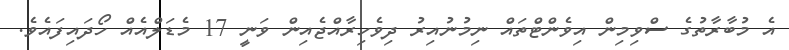
އެ މުބާރާތުގެ ސްވިމިން އިވެންޓްތައް ނިމުނުއިރު ދިވެހިރާއްޖެއިން ވަނީ 17 މެޑަލްއެއް ހޯދައިފައެވެ.